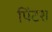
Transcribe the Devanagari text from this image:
पिंटश